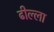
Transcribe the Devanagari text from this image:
ढील्ला